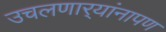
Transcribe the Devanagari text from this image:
उचलणार्‍यांनापण